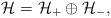
LaTeX: \begin{align*}\mathcal H=\mathcal H_+\oplus\mathcal H_-,\end{align*}